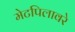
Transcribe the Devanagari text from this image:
मेटपिलावरे